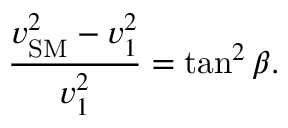
\frac { v _ { \mathrm { S M } } ^ { 2 } - v _ { 1 } ^ { 2 } } { v _ { 1 } ^ { 2 } } = \tan ^ { 2 } \beta .